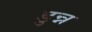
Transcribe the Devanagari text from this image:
डुन्न